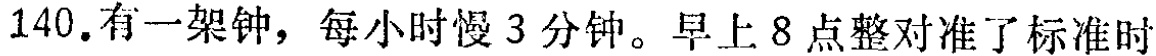
140. 有一架钟，每小时慢 3 分钟。早上 8 点整对准了标准时